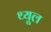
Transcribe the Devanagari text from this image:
थ्यूल